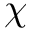
\chi